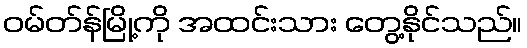
ဝမ်တ်န်မြို့ကို အထင်းသား တွေ့နိုင်သည်။